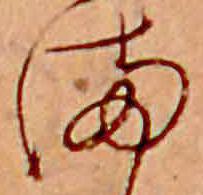
ま